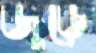
জুড়ে